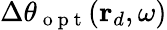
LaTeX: \Delta\theta_{\mathrm{~o~p~t~}}(\mathbf{r}_{d},\omega)